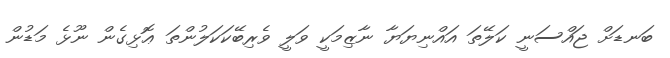
ބަނޑަށް ޖައްސަނީ ކަލޭތަަ އައްނިޔަޔާ ނާޒިމަކީ ވަލީ ވެރިބޭކަކަލުންތަ ޢޮޅިގެން ނޫޅެ މަޑުން